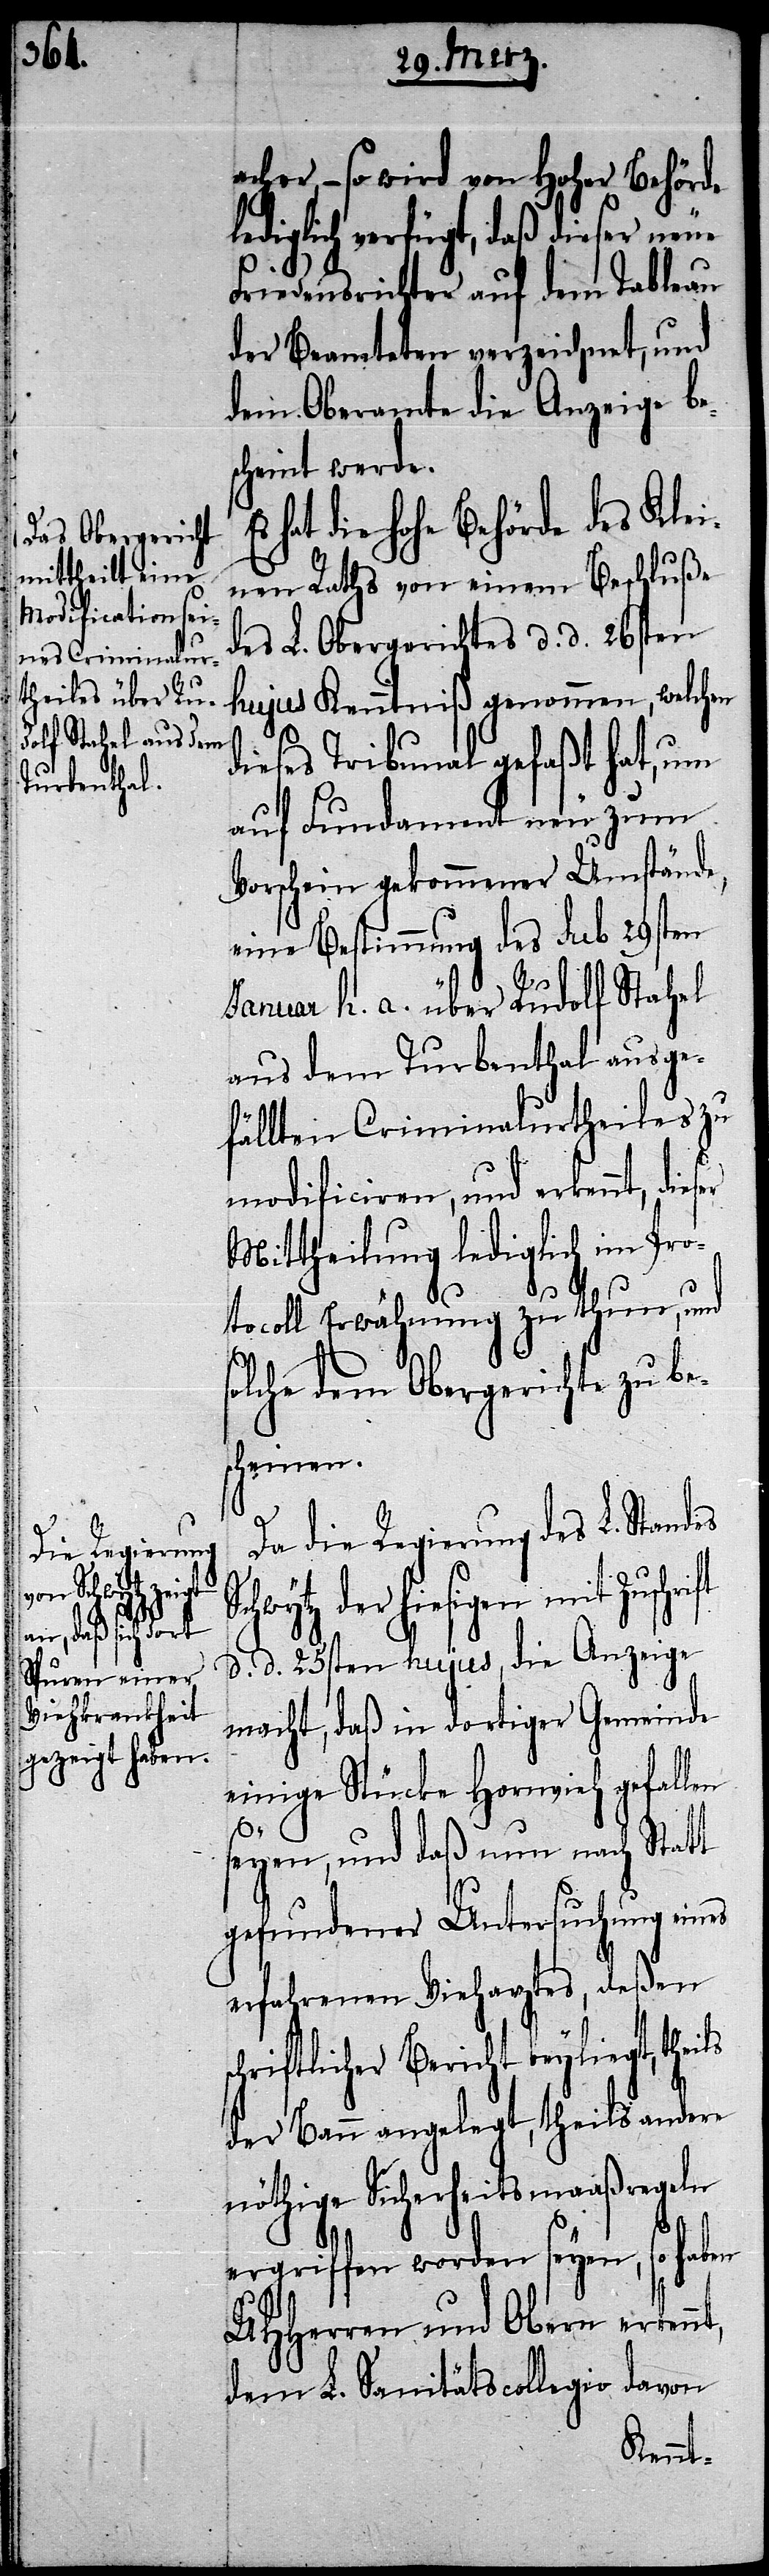
acher, – so wird von Hoher Behörde
lediglich verfügt, daß dieser neue
Friedensrichter auf dem Tableau
der Beamteten verzeichnet, und
dem Oberamte die Anzeige be¬
scheint werde.
hat die hohe Behörde des Klei¬
nen Raths von einem Beschluße
des L. Obergerichtes d. d. 26sten
hujus Kenntniß genommen, welchen
dieses Tribunal gefaßt hat, um
auf Fundament neu zum
Vorschein gekommener Umstände,
eine Bestimmung des sub 29sten
Januar h. a. über Rudolf Stahel
aus dem Turbenthal ausge¬
fällten Criminalurtheiles zu
modificiren, und erkennt, die¬
Mittheilung lediglich im Pro¬
tocoll Erwähnung zu thun, und
lche dem Obergerichte zu be¬
cheinen.
Da die Regierung des L. Standes
der hiesigen mit Zuschr¬
d. d. 25sten hujus, die Anzeige
macht, daß in dortiger Gemeinde
einige Stücke Hornvieh gefallen
ls
seyen, und daß nun nach Statt
gefundener Untersuchung eines
erfahrenen Vieharztes, deßen
hriftlicher Bericht beyliegt, thei¬
der Bann angelegt, theils andere
nöthige Sicherheitsmaaßregeln
ergriffen worden seyen, so haben
UHHerren und Obern erkennt,
dem L. Sanitätscollegio davon